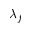
\lambda _ { f }